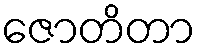
ဇောတိတာ